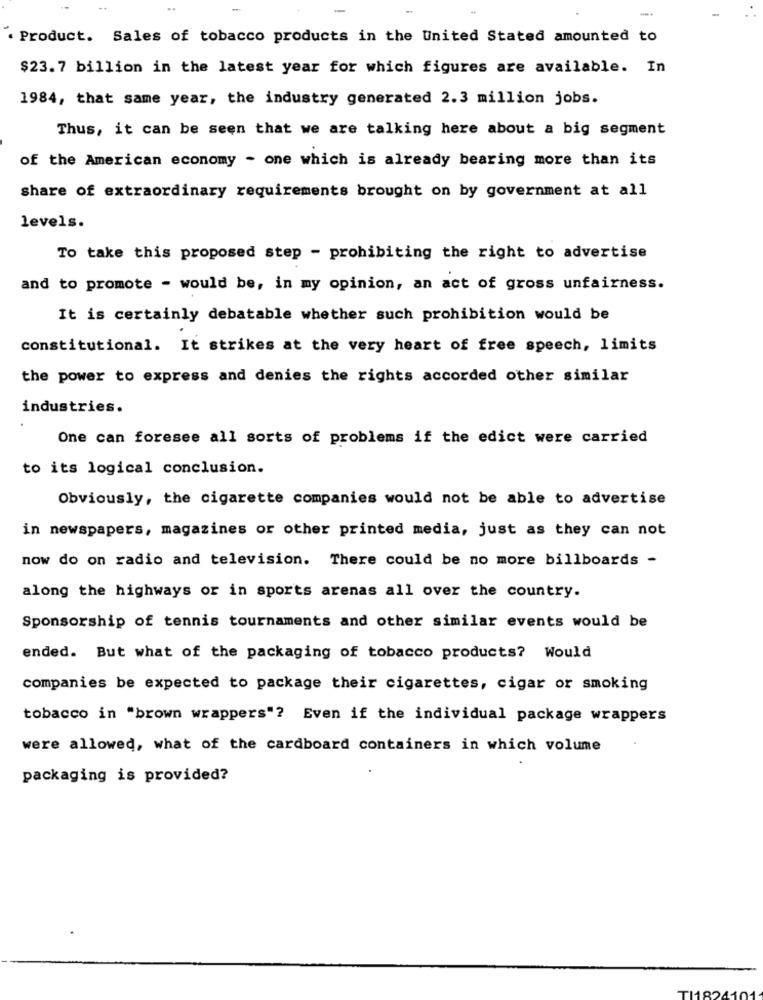
. Product. Sales of tobacco products in the United Stated amounted to
$23.7 billion in the latest year for which figures are available. In
1984, that same year, the industry generated 2.3 million jobs.
Thus, it can be seen that we are talking here about a big segment
of the American economy - one which is already bearing more than its
share of extraordinary requirements brought on by government at all
levels.
To take this proposed step - prohibiting the right to advertise
and to promote - would be, in my opinion, an act of gross unfairness.
It is certainly debatable whether such prohibition would be
constitutional. It strikes at the very heart of free speech, limits
the power to express and denies the rights accorded other similar
industries.
One can foresee all sorts of problems if the edict were carried
to its logical conclusion.
Obviously, the cigarette companies would not be able to advertise
in newspapers, magazines or other printed media, just as they can not
now do on radio and television. There could be no more billboards -
along the highways or in sports arenas all over the country.
Sponsorship of tennis tournaments and other similar events would be
ended. But what of the packaging of tobacco products? Would
companies be expected to package their cigarettes, cigar or smoking
tobacco in "brown wrappers"? Even if the individual package wrappers
were allowed, what of the cardboard containers in which volume
packaging is provided?
TI1824